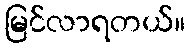
မြင်လာရတယ်။